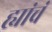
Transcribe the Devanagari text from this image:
ह्यांचं